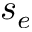
s _ { e }